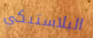
البلاستيكي